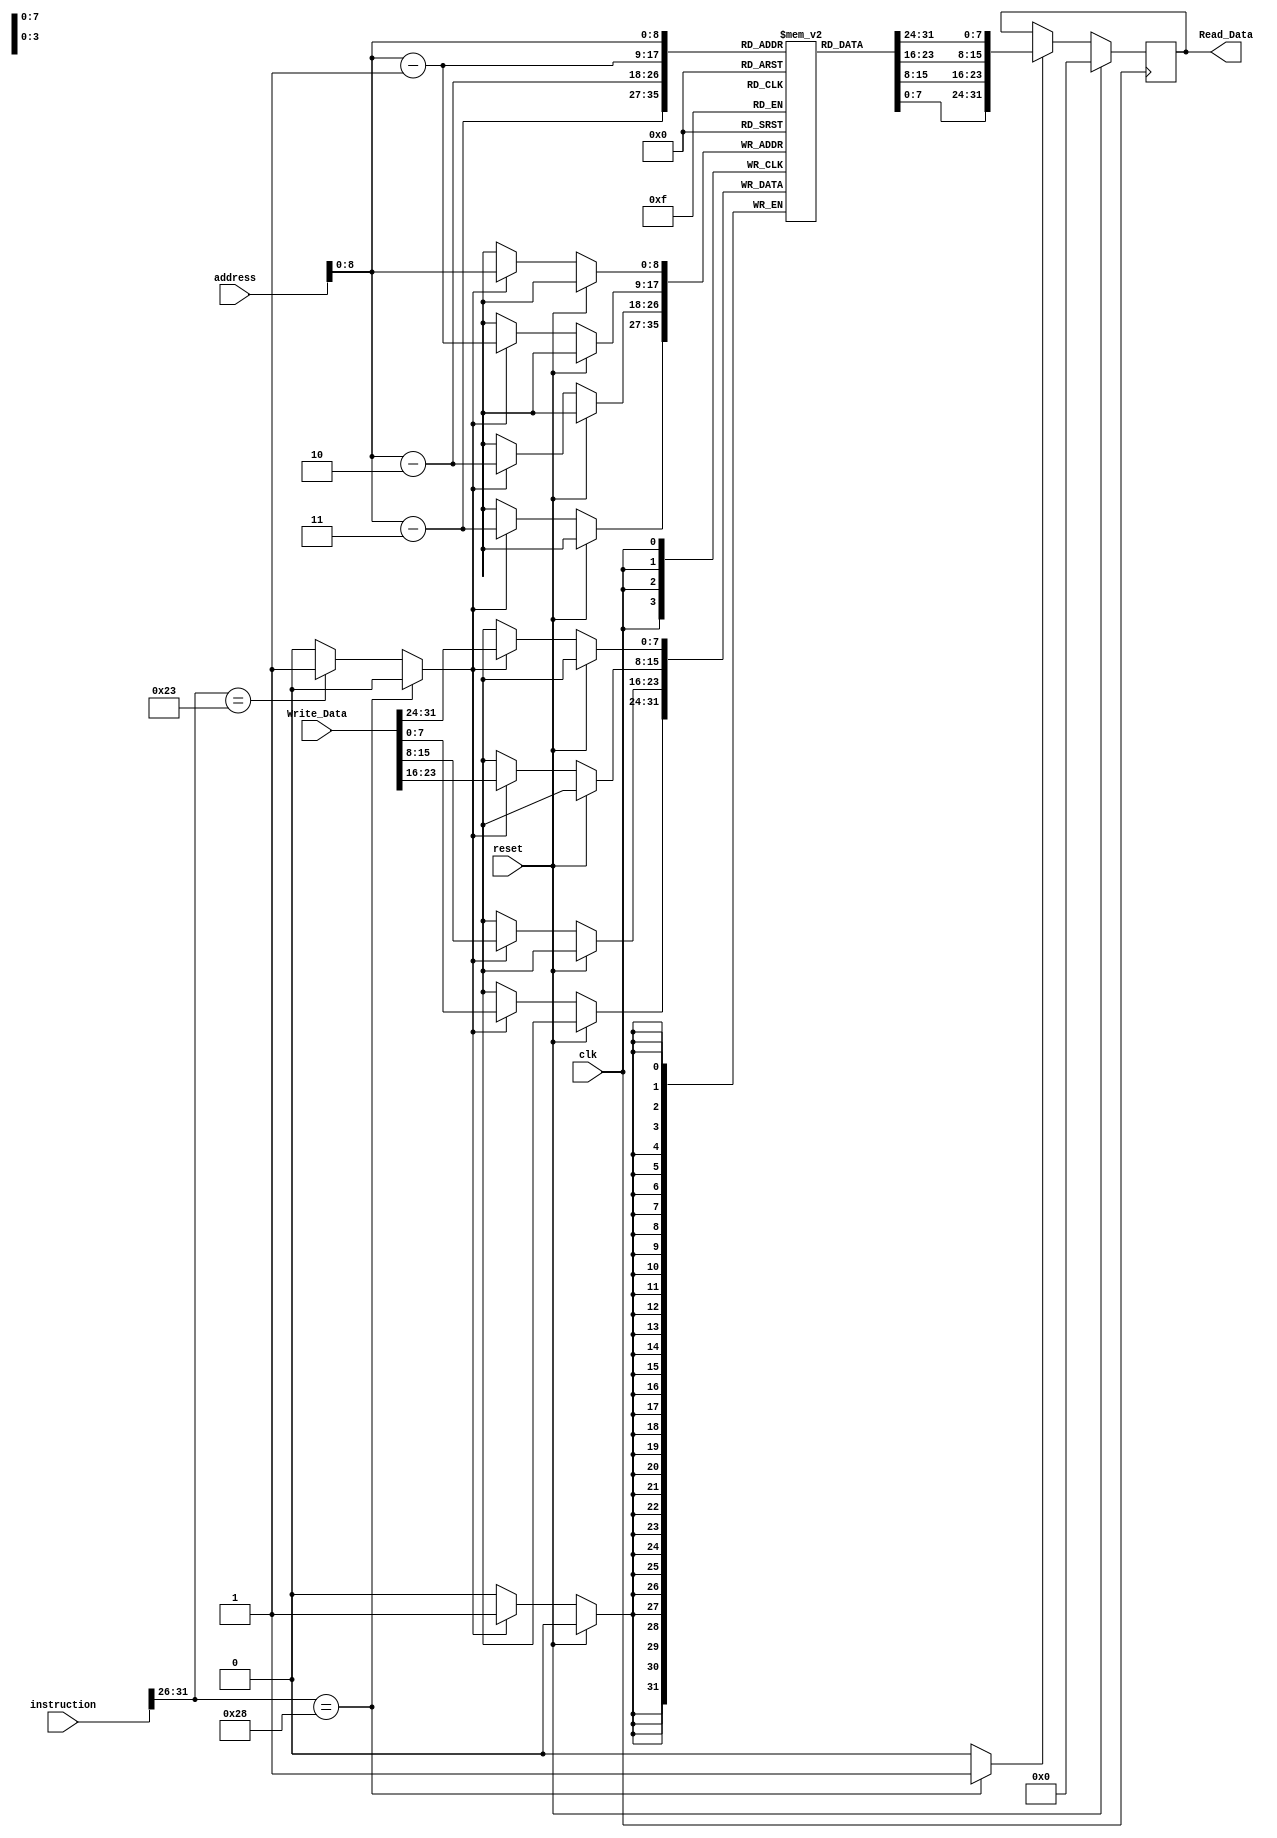
module datamemory(
input [31:0] instruction,
input [31:0] address,
input [31:0] Write_Data,
output reg [31:0] Read_Data,
input clk,
input reset
);
reg Read;
reg Write;
reg [7:0]RegMemory[500:0]; // we cannot directly simulate the 2^32 location as it causes an overflow in the simulation software
wire [5:0]opcode;
assign opcode = instruction[31:26];

always @(opcode)
begin
	if(opcode == 6'b101000)
	begin
	Read = 1'b1;
	Write = 1'b0;
	end
	
	else if(opcode == 6'b100011) 
	begin
	Read = 1'b0;
	Write = 1'b1;
	end
	
	else
	begin
	Read = 1'b0;
	Write = 1'b0;
	end
	


end




always @(posedge clk)
begin
	if(reset)
	begin
	Read_Data <= 32'd0;
	
	end
	
	else
		begin
			if(Read)
			begin
			Read_Data <=  {RegMemory[address],RegMemory[address-1],RegMemory[address-2],RegMemory[address-3]}; 
			end

			if(Write)
			begin
			RegMemory[address] <= Write_Data[31:24];
			RegMemory[address-1] <= Write_Data[23:16];
			RegMemory[address-2] <= Write_Data[15:8];
			RegMemory[address-3] <= Write_Data[7:0];
			end
		end
end

endmodule